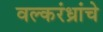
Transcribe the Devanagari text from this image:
वल्करंध्रांचे